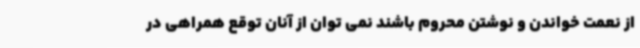
از نعمت خواندن و نوشتن محروم باشند نمی توان از آنان توقع همراهی در